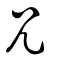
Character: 兄